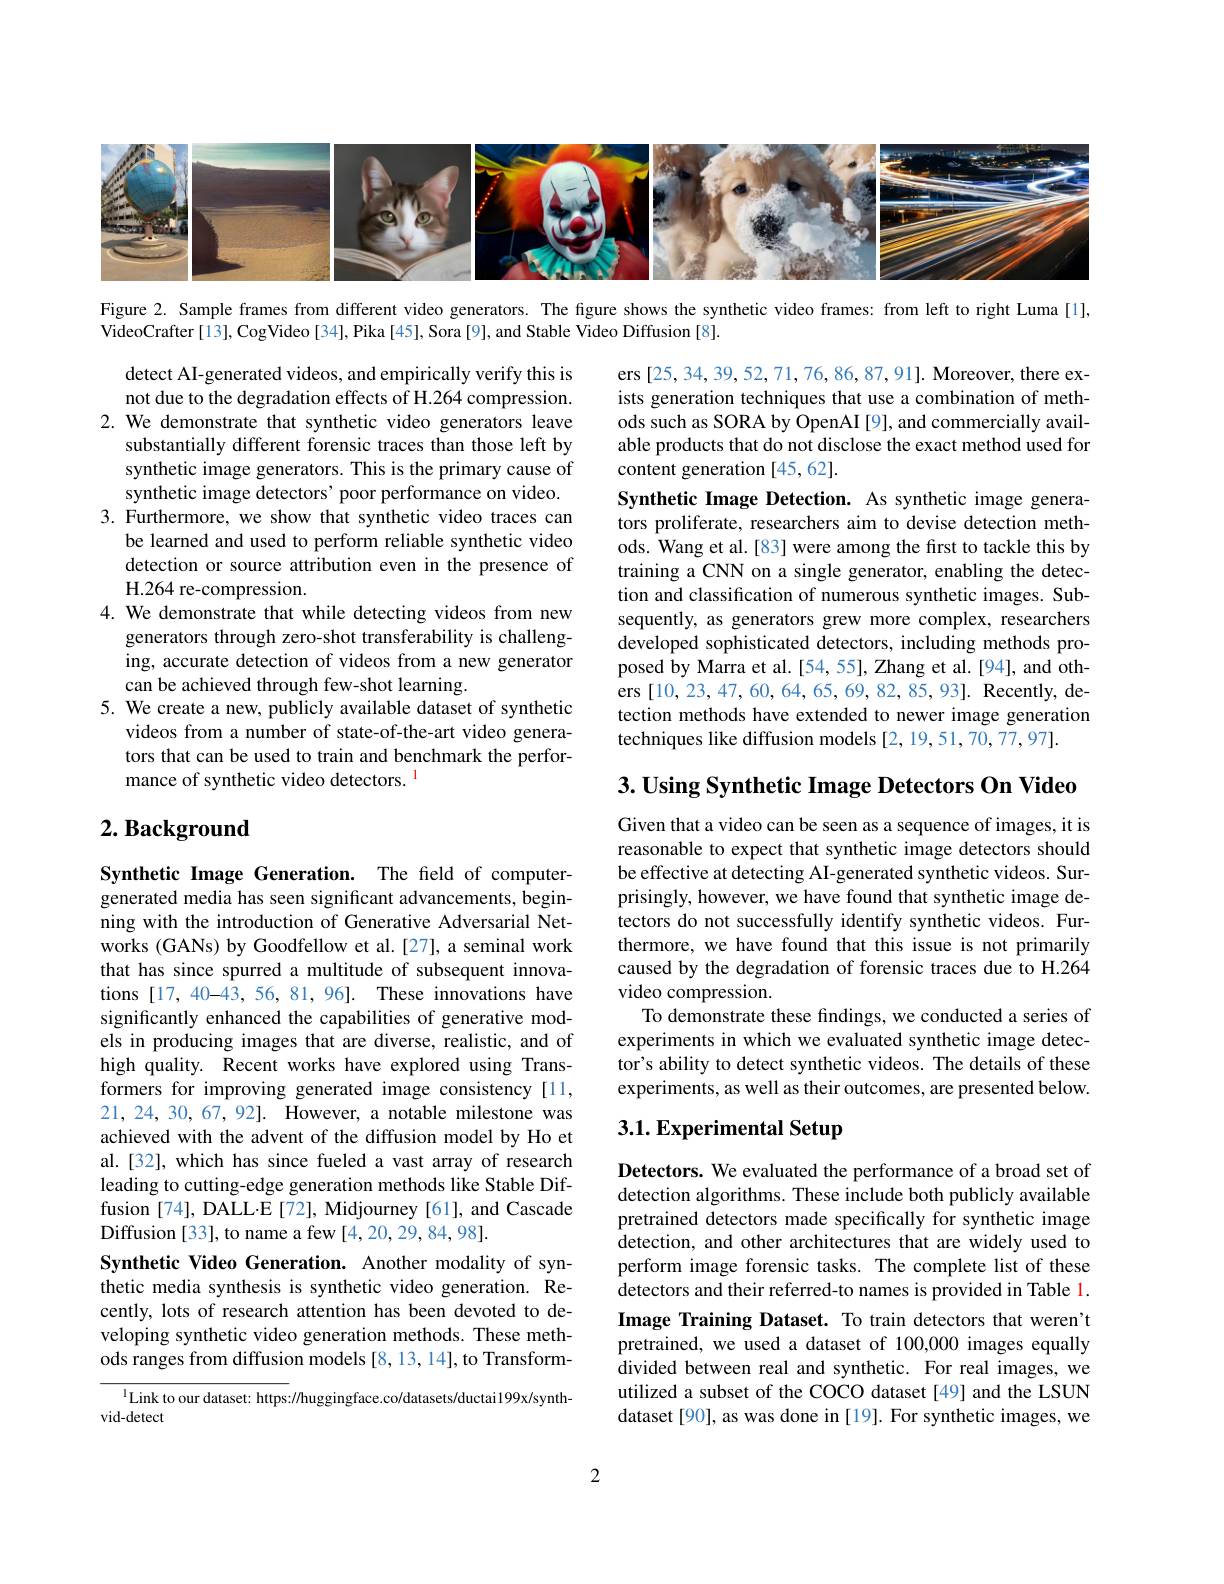
<FigureHere>

Figure 2. Sample frames from different video generators. The figure shows the synthetic video frames: from left to right Luma [1],

VideoCrafter[13], CogVideo[34], Pika[45], Sora[9], and Stable Video Diffusion[8].

ers [25,34,39,52,71,76,86,87,91]. Moreover, there exists generation techniques that use a combination of methods such as SORA by OpenAI [9], and commercially available products that do not disclose the exact method used for content generation [45,62].
Synthetic Image Detection. As synthetic image generators proliferate, researchers aim to devise detection methods. Wang et al.[83] were among the first to tackle this by training a CNN on a single generator, enabling the detection and classification of numerous synthetic images. Subsequently, as generators grew more complex, researchers developed sophisticated detectors, including methods proposed by Marra et al.[54,55], Zhang et al.[94], and others [10,23,47,60,64,65,69,82,85,93]. Recently,detection methods have extended to newer image generation techniques like diffusion models [2,19,51,70,77,97].

detect AI-generated videos, and empirically verify this is not due to the degradation effects of H.264 compression.
2. We demonstrate that synthetic video generators leave
substantially different forensic traces than those left by synthetic image generators. This is the primary cause of synthetic image detectors' poor performance on video.
3. Furthermore, we show that synthetic video traces can
be learned and used to perform reliable synthetic video detection or source attribution even in the presence of H.264 re-compression.
4. We demonstrate that while detecting videos from new
generators through zero-shot transferability is challenging, accurate detection of videos from a new generator can be achieved through few-shot learning.
5. We create a new, publicly available dataset of synthetic
videos from a number of state-of-the-art video generators that can be used to train and benchmark the performance of synthetic video detectors. l

$3. \textbf{Using Synthetic Image Detectors On Video}$

## $2. \textbf{ Background}$

Given that a video can be seen as a sequence of images, it is reasonable to expect that synthetic image detectors should be effective at detecting AI-generated synthetic videos. Surprisingly, however, we have found that synthetic image detectors do not successfully identify synthetic videos. Furthermore, we have found that this issue is not primarily caused by the degradation of forensic traces due to H.264 video compression.
To demonstrate these findings, we conducted a series of experiments in which we evaluated synthetic image detector's ability to detect synthetic videos. The details of these experiments, as well as their outcomes, are presented below.

Synthetic Image Generation. The field of computergenerated media has seen significant advancements, beginning with the introduction of Generative Adversarial Networks (GANs) by Goodfellow et al.[27], a seminal work that has since spurred a multitude of subsequent innovations [17,40-43,56,81,96]. These innovations have significantly enhanced the capabilities of generative models in producing images that are diverse, realistic, and of high quality. Recent works have explored using Transformers for improving generated image consistency [11, 21, 24, 30, 67, 92]. However, a notable milestone was achieved with the advent of the diffusion model by Ho et al.[32], which has since fueled a vast array of research leading to cutting-edge generation methods like Stable Diffusion [74], DALL-E [72], Midjourney [61], and Cascade Diffusion[33], to name a few[4,20,29,84,98].
Synthetic Video Generation. Another modality of synthetic media synthesis is synthetic video generation. Recently, lots of research attention has been devoted to developing synthetic video generation methods. These methods ranges from diffusion models [8,13,14], to Transform-

# 3.1. Experimental Setup

Detectors. We evaluated the performance of a broad set of detection algorithms. These include both publicly available pretrained detectors made specifically for synthetic image detection, and other architectures that are widely used to perform image forensic tasks. The complete list of these detectors and their referred-to names is provided in Table 1. Image Training Dataset. To train detectors that weren't pretrained, we used a dataset of 100,000 images equally divided between real and synthetic. For real images, we utilized a subset of the COCO dataset [49] and the LSUN dataset [90], as was done in [19]. For synthetic images, we

Link to our dataset: https://huggingface.co/datasets/ductai199x/synth-
vid-detect

2